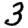
Digit: 3